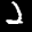
Label: 2